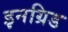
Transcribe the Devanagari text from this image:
इनग्रिड